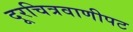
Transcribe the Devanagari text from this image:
दूरचित्रवाणीपट